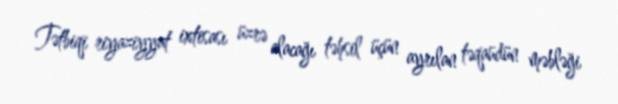
Tətbiqi riyaziyyat ixtisası üzrə alacağı təhsil üçün ayrılan təqaüdün məbləği